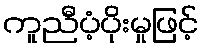
ကူညီပံ့ပိုးမှုဖြင့်